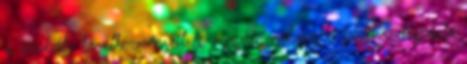
a szabály következményeit és megvan néhány a fentihez hasonló